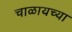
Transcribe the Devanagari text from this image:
चाळायच्या